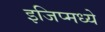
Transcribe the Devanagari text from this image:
इजिप्मध्ये